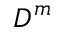
D ^ { m }